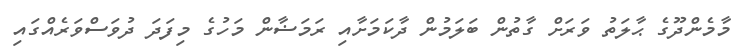
މާމެންދޫގެ ޙާލަތު ވަރަށް ގާތުން ބަލަމުން ދާކަމަށާއި ރަމަޟާން މަހުގެ މިފަދަ ދުވަސްވަރެއްގައި